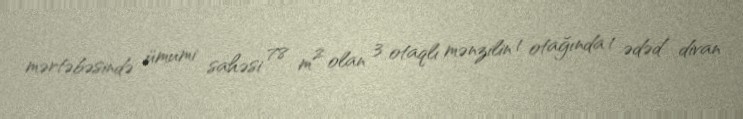
mərtəbəsində ümumi sahəsi 78 m² olan 3 otaqlı mənzilin 1 otağında 1 ədəd divan